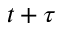
t + \tau